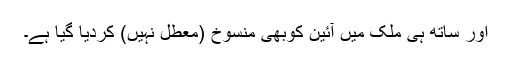
اور ساتھ ہی ملک میں آئین کوبھی منسوخ (معطل نہیں) کردیا گیا ہے۔